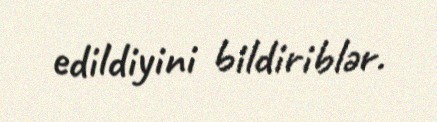
edildiyini bildiriblər.